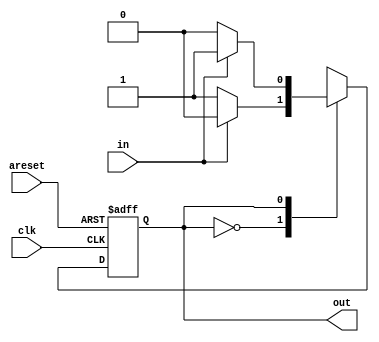
// This program was cloned from: https://github.com/anik-m/hdlbits_for_verilog
// License: GNU General Public License v3.0

module top_module(
    input clk,
    input areset,    // Asynchronous reset to state B
    input in,
    output out);//  

    parameter A=0, B=1; 
    reg state, next_state;

    always @(*) begin    // This is a combinational always block
        // State transition logic
        case(state)
            A: next_state = (~in)?B:A;
            B: next_state = (~in)?A:B;
        endcase
    end

    always @(posedge clk, posedge areset) begin    // This is a sequential always block
        // State flip-flops with asynchronous reset
        if(areset) begin
            state<=B;
        end else begin 
            state<=next_state;
        end
    end

    // Output logic
    assign out = state;//(state == ...);

endmodule